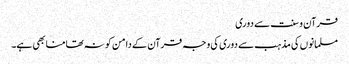
قرآن و سنت سے دوری
مسلمانوں کی مذہب سے دوری کی وجہ قرآن کے دامن کو نہ تھامنا بھی ہے۔